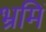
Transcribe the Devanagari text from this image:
भ्रमिं